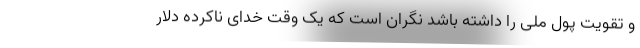
و تقویت پول ملی را داشته باشد نگران است که یک وقت خدای ناکرده دلار